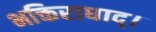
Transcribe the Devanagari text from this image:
भक्तिराधाद्।